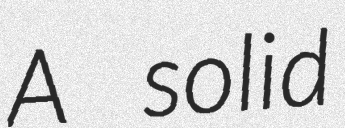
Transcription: A solid